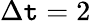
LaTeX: \Delta\mathtt{t}=2